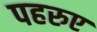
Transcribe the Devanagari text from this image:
पहरुए